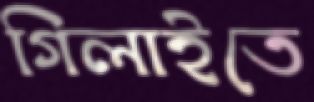
গিলাইতে